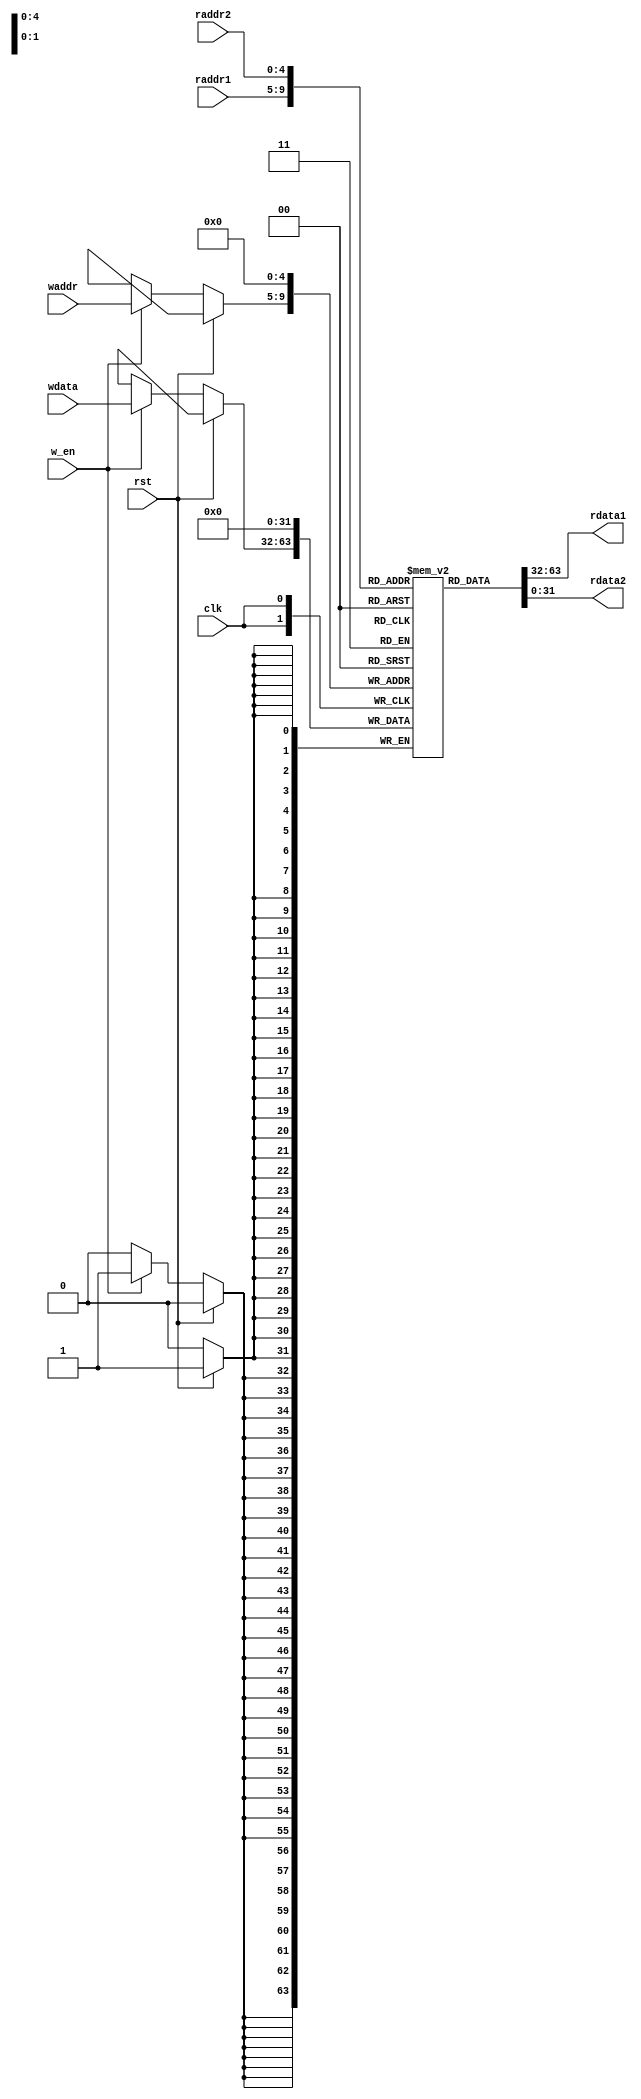
module regfile_30(
               input wire         clk,                   
               input wire         rst,                   
               input wire [4:0]   raddr1, raddr2, waddr, 
               input wire [31:0]  wdata,                 
               input wire         w_en,                  
               output wire [31:0] rdata1, rdata2         
               );    
   reg [31:0]                        rf [31:0];          
   assign rdata1 = rf [raddr1];
   assign rdata2 = rf [raddr2];
   integer ii;
   initial
     begin
       for ( ii = 0; ii < 32; ii= ii + 1 )
          rf[ii] = 0;
     end
   always @(posedge clk)
     begin
        if (rst)
          rf[0] <= 0;
        else
          if(w_en)
            rf [waddr] <= wdata;
     end
endmodule